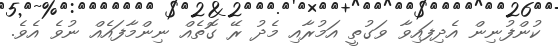
ކުންފުނިން އެދިފައިވާ ވަގުތީ އަމުރާއި މެދު ރޭ ގޮތެއް ނިންމާފައެއް ނުވެ އެވެ.